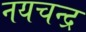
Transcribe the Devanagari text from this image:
नयचन्द्र